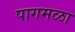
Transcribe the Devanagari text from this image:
पागमळा